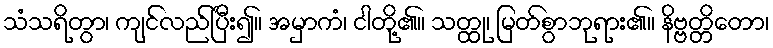
သံသရိတွာ၊ ကျင်လည်ပြီး၍။ အမှာကံ၊ ငါတို့၏။ သတ္ထု၊ မြတ်စွာဘုရား၏။ နိဗ္ဗတ္တိတော၊